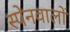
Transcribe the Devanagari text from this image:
स्पेनवालों